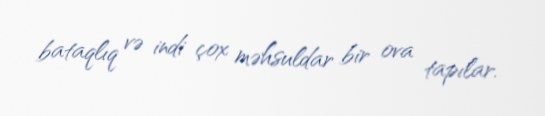
bataqlıq və indi çox məhsuldar bir ova tapılar.